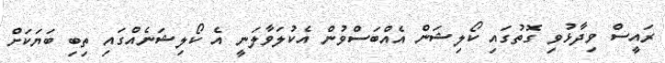
ރައީސް ވިދާޅުވި ގޮތުގައި ކޯލިޝަން އެއްބަސްވުން އެކުލަވާލަނީ އެ ކޯލިޝަނެއްގައި ތިބި ބަޔަކަށް